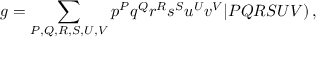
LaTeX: g = \sum _ { P , Q , R , S , U , V } p ^ { P } q ^ { Q } r ^ { R } s ^ { S } u ^ { U } v ^ { V } \vert P Q R S U V ) \, ,